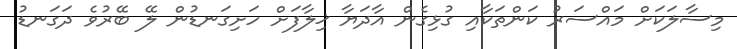
މިސާލަކަށް މައްސަރު ކަންތަކާއި ގުޅިގެން އާދަޔާ ޚިލާފަށް ހަށިގަނޑުން ލޭ ބޭރުވެ ދަގަނޑު